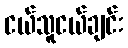
ငယ်သူငယ်ချင်း